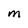
Character: M